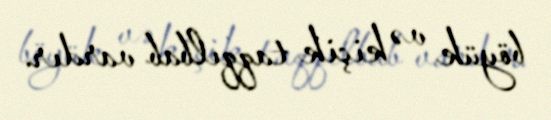
böyük və kiçik taqqılbab vardır.